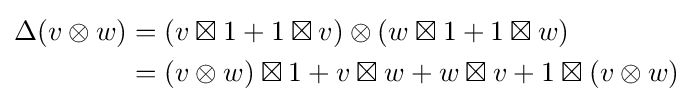
{\begin{aligned}\Delta (v\otimes w)&=(v\boxtimes 1+1\boxtimes v)\otimes (w\boxtimes 1+1\boxtimes w)\\&=(v\otimes w)\boxtimes 1+v\boxtimes w+w\boxtimes v+1\boxtimes (v\otimes w)\end{aligned}}